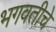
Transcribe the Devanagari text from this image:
भगवतीचे